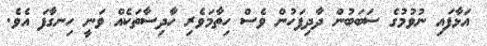
އަޅާފައި ނުވުމުގެ ސަބަބުން ދާދިފަހުން ވެސް ހިތާމަވެރި ހާދިސާތަކެއް ވަނީ ހިނގާފަ އެވެ.